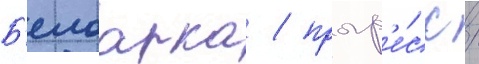
Б'елоарка / прогр'е́сс /